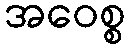
အဝေစ္စ